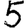
Digit: 5